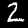
Digit: 2